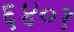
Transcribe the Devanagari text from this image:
६४०१